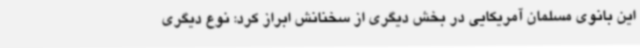
این بانوی مسلمان آمریکایی در بخش دیگری از سخنانش ابراز کرد: نوع دیگری